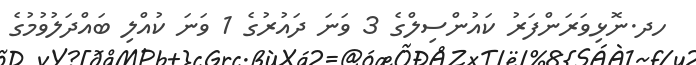
ހދ.ނޮޅިވަރަންފަރު ކައުންސިލްގެ 3 ވަނަ ދައުރުގެ 1 ވަނަ ކުއްލި ބައްދަލުވުމުގެ